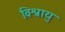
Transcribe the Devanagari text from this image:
विश्वायु